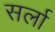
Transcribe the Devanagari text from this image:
सर्ला